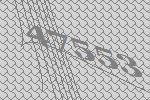
47553